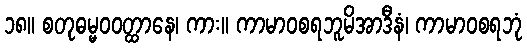
၁၈။ စတုဓမ္မဝဝတ္ထာနေ၊ ကား။ ကာမာဝစရဘူမိအာဒီနံ၊ ကာမာဝစရဘုံ